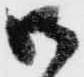
御